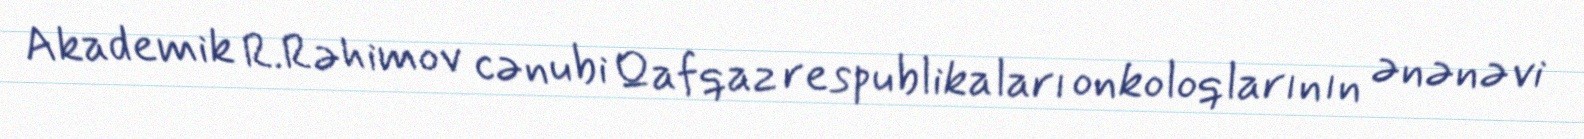
Akademik R.Rəhimov cənubi Qafqaz respublikaları onkoloqlarının ənənəvi